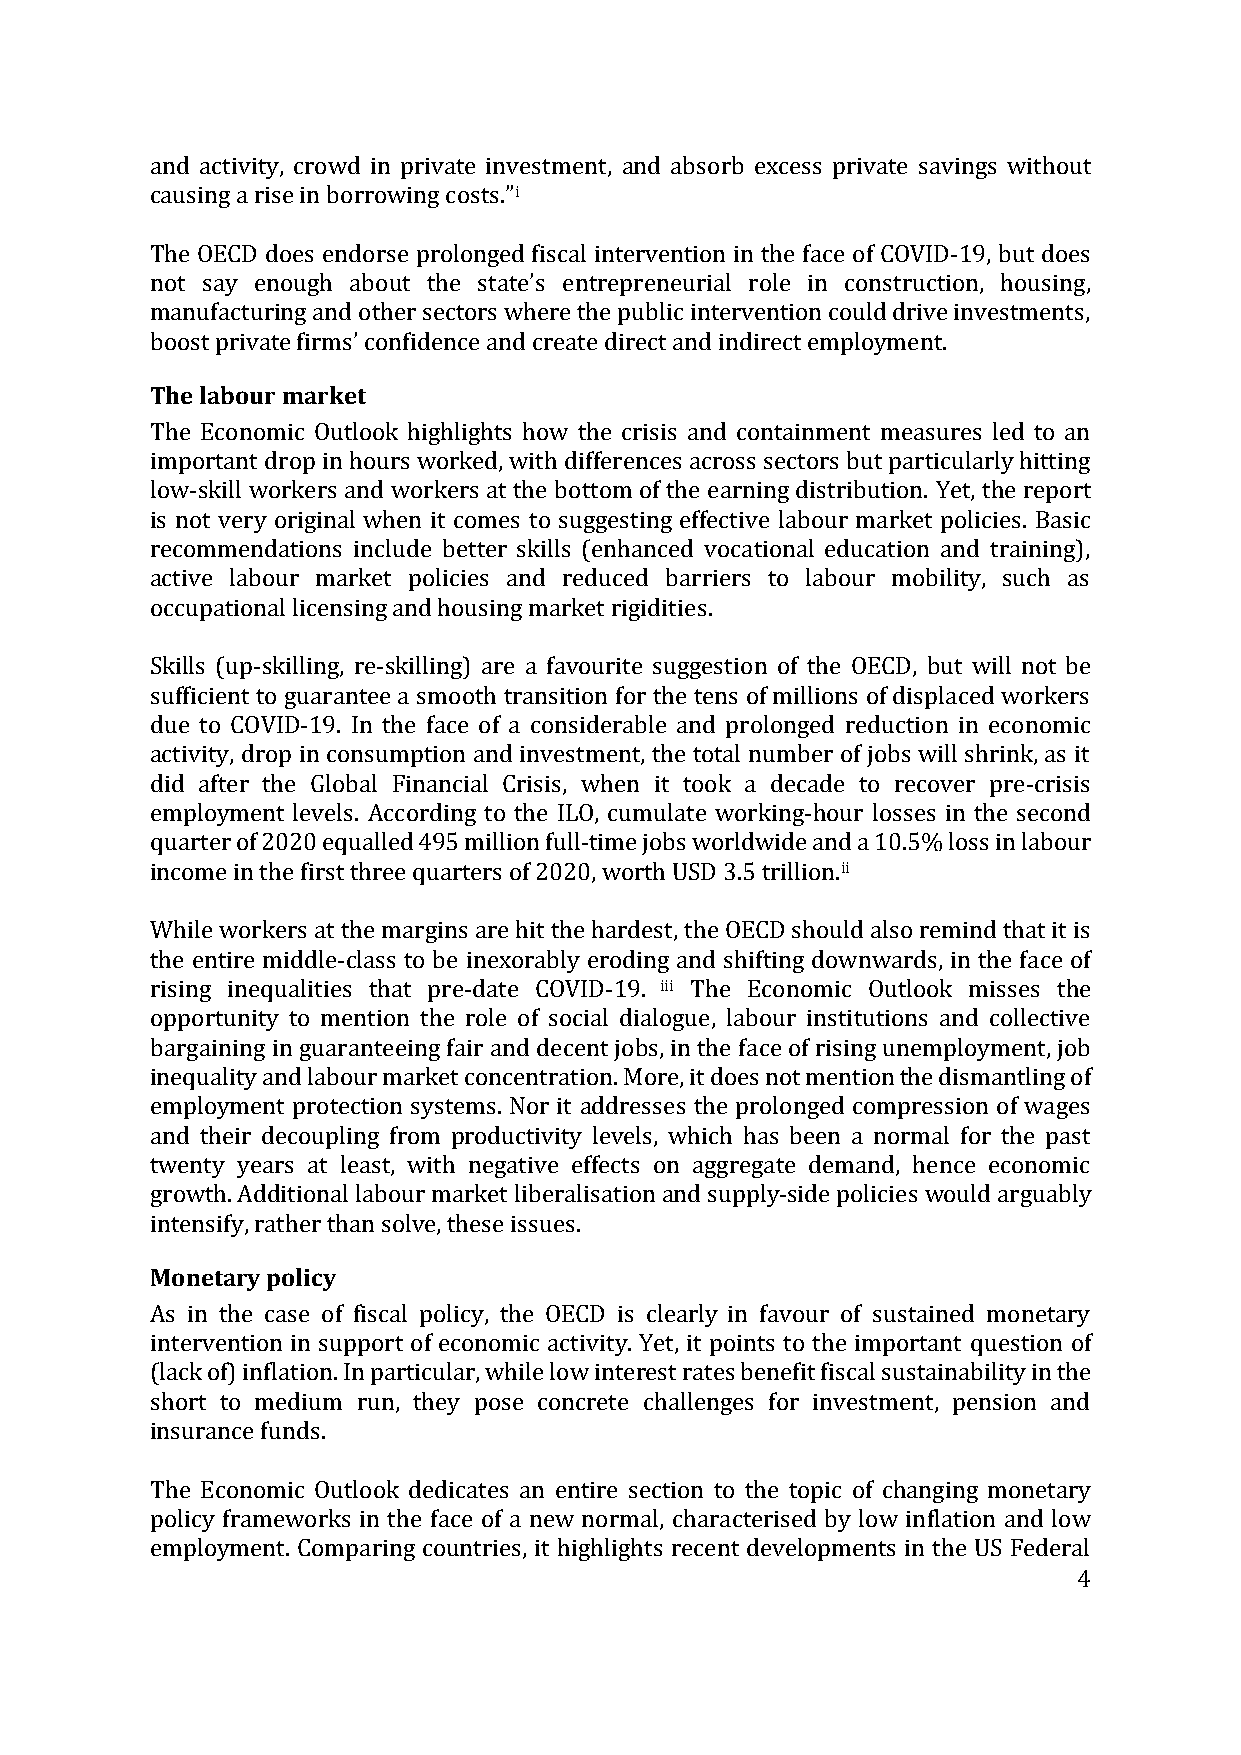
and activity, crowd in private investment, and absorb excess private savings without
 causing a rise in borrowing costs.”i
 The OECD does endorse prolonged fiscal intervention in the face of COVID-19, but does
 not say enough about the state’s entrepreneurial role in construction, housing,
 manufacturing and other sectors where the public intervention could drive investments,
 boost private firms’ confidence and create direct and indirect employment.
 The labour market
 The Economic Outlook highlights how the crisis and containment measures led to an
 important drop in hours worked, with differences across sectors but particularly hitting
 low-skill workers and workers at the bottom of the earning distribution. Yet, the report
 is not very original when it comes to suggesting effective labour market policies. Basic
 recommendations include better skills (enhanced vocational education and training),
 active labour market policies and reduced barriers to labour mobility, such as
 occupational licensing and housing market rigidities.
 Skills (up-skilling, re-skilling) are a favourite suggestion of the OECD, but will not be
 sufficient to guarantee a smooth transition for the tens of millions of displaced workers
 due to COVID-19. In the face of a considerable and prolonged reduction in economic
 activity, drop in consumption and investment, the total number of jobs will shrink, as it
 did after the Global Financial Crisis, when it took a decade to recover pre-crisis
 employment levels. According to the ILO, cumulate working-hour losses in the second
 quarter of 2020 equalled 495 million full-time jobs worldwide and a 10.5% loss in labour
 income in the first three quarters of 2020, worth USD 3.5 trillion.ii
 While workers at the margins are hit the hardest, the OECD should also remind that it is
 the entire middle-class to be inexorably eroding and shifting downwards, in the face of
 rising inequalities that pre-date COVID-19. iii The Economic Outlook misses the
 opportunity to mention the role of social dialogue, labour institutions and collective
 bargaining in guaranteeing fair and decent jobs, in the face of rising unemployment, job
 inequality and labour market concentration. More, it does not mention the dismantling of
 employment protection systems. Nor it addresses the prolonged compression of wages
 and their decoupling from productivity levels, which has been a normal for the past
 twenty years at least, with negative effects on aggregate demand, hence economic
 growth. Additional labour market liberalisation and supply-side policies would arguably
 intensify, rather than solve, these issues.
 Monetary policy
 As in the case of fiscal policy, the OECD is clearly in favour of sustained monetary
 intervention in support of economic activity. Yet, it points to the important question of
 (lack of) inflation. In particular, while low interest rates benefit fiscal sustainability in the
 short to medium run, they pose concrete challenges for investment, pension and
 insurance funds.
 The Economic Outlook dedicates an entire section to the topic of changing monetary
 policy frameworks in the face of a new normal, characterised by low inflation and low
 employment. Comparing countries, it highlights recent developments in the US Federal
 4